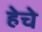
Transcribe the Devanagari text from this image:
हेचे